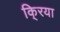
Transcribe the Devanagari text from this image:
कि्रया